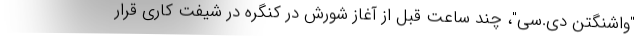
"واشنگتن دی.سی"، چند ساعت قبل از آغاز شورش در کنگره در شیفت کاری قرار